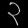
Digit: ၃